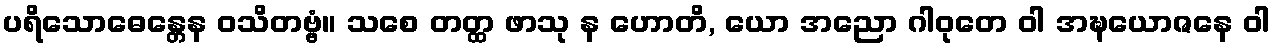
ပရိသောဓေန္တေန ဝသိတဗ္ဗံ။ သစေ တတ္ထ ဖာသု န ဟောတိ, ယော အညော ဂါဝုတေ ဝါ အဍ္ဎယောဇနေ ဝါ